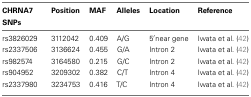
<table><thead><tr><td><b>CHRNA7 SNPs</b></td><td><b>Position</b></td><td><b>MAF</b></td><td><b>Alleles</b></td><td><b>Location</b></td><td><b>Reference</b></td></tr></thead><tbody><tr><td>rs3826029</td><td>3112042</td><td>0.409</td><td>A/G</td><td>5′near gene</td><td>Iwata et al. (42)</td></tr><tr><td>rs2337506</td><td>3136624</td><td>0.455</td><td>G/A</td><td>Intron 2</td><td>Iwata et al. (42)</td></tr><tr><td>rs982574</td><td>3164580</td><td>0.215</td><td>G/C</td><td>Intron 2</td><td>Iwata et al. (42)</td></tr><tr><td>rs904952</td><td>3209302</td><td>0.382</td><td>C/T</td><td>Intron 4</td><td>Iwata et al. (42)</td></tr><tr><td>rs2337980</td><td>3234753</td><td>0.416</td><td>T/C</td><td>Intron 4</td><td>Iwata et al. (42)</td></tr></tbody></table>